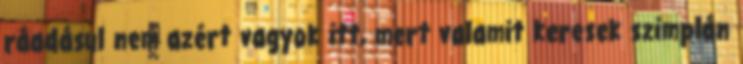
ráadásul nem azért vagyok itt, mert valamit keresek szimplán